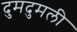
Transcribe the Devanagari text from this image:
दुमदुमली